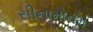
સીનામોનમ